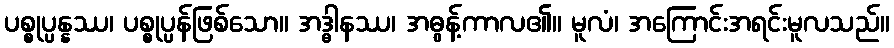
ပစ္စုပ္ပန္နဿ၊ ပစ္စုပ္ပန်ဖြစ်သော။ အဒ္ဓါနဿ၊ အဓွန့်ကာလ၏။ မူလံ၊ အကြောင်းအရင်းမူလသည်။